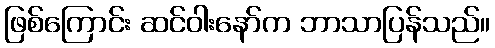
ဖြစ်ကြောင်း ဆင်ဝါးနော်က ဘာသာပြန်သည်။